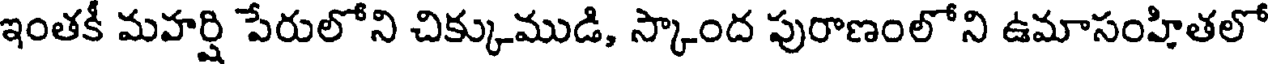
ఇంతకీ మహర్షి పేరులోని చిక్కుముడి, స్కాంద పురాణంలోని ఉమాసంహితలో